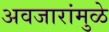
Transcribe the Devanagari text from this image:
अवजारांमुळे